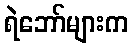
ရဲဘော်များက